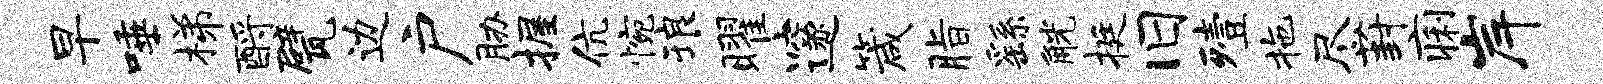
早唾梯酹甓边户胁握伉惋琅曜邃箴脂繇觥挺旧殪拖尽葑痢岸